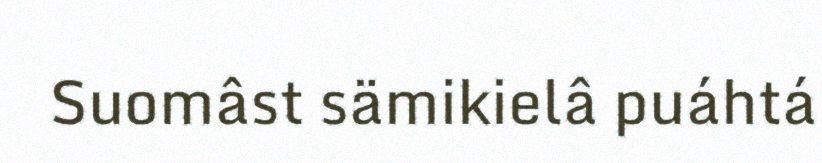
Suomâst sämikielâ puáhtá